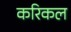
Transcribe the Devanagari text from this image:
करिकल